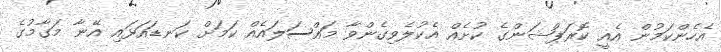
އެހެންކަމުން އެއީ ކޮރަޕްޝަންގެ ކުށެއް އެކުލެވިގެންވާ މައްސަލައެއް ކަމަށް ކަނޑައަޅައި އޭނާ މަގާމުގެ